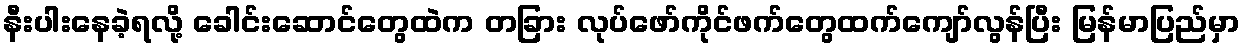
နီးပါးနေခဲ့ရလို့ ခေါင်းဆောင်တွေထဲက တခြား လုပ်ဖော်ကိုင်ဖက်တွေထက်ကျော်လွန်ပြီး မြန်မာပြည်မှာ